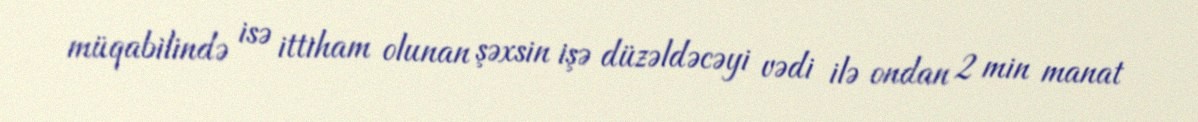
müqabilində isə ittiham olunan şəxsin işə düzəldəcəyi vədi ilə ondan 2 min manat